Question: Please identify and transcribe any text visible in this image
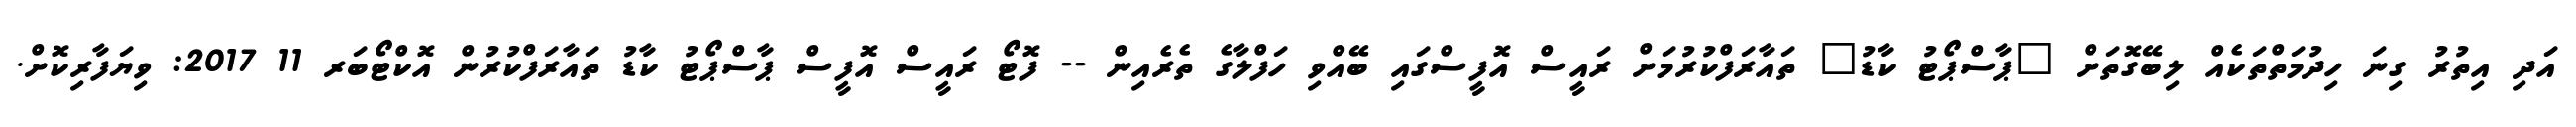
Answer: އަދި އިތުރު ގިނަ ހިދުމަތްތަކެއް ލިބޭގޮތަށް "ޕާސްޕޯޓު ކާޑު" ތައާރަފްކުރުމަށް ރައީސް އޮފީސްގައި ބޭއްވި ހަފްލާގެ ތެރެއިން -- ފޮޓޯ ރައީސް އޮފީސް ޕާސްޕޯޓު ކާޑު ތައާރަފްކުރުން އޮކްޓޯބަރ 11 2017: ވިޔަފާރިކޮށް.